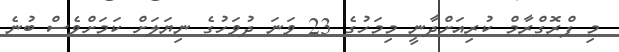
މި ޕްރޮގްރާމް ކުރިއަށްދާނީ މިމަހުގެ 23 ވަަނަ ދުވަހުގެ ނިޔަލަށް ކަމަށްވެސް ބުނެ